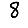
Digit: 8